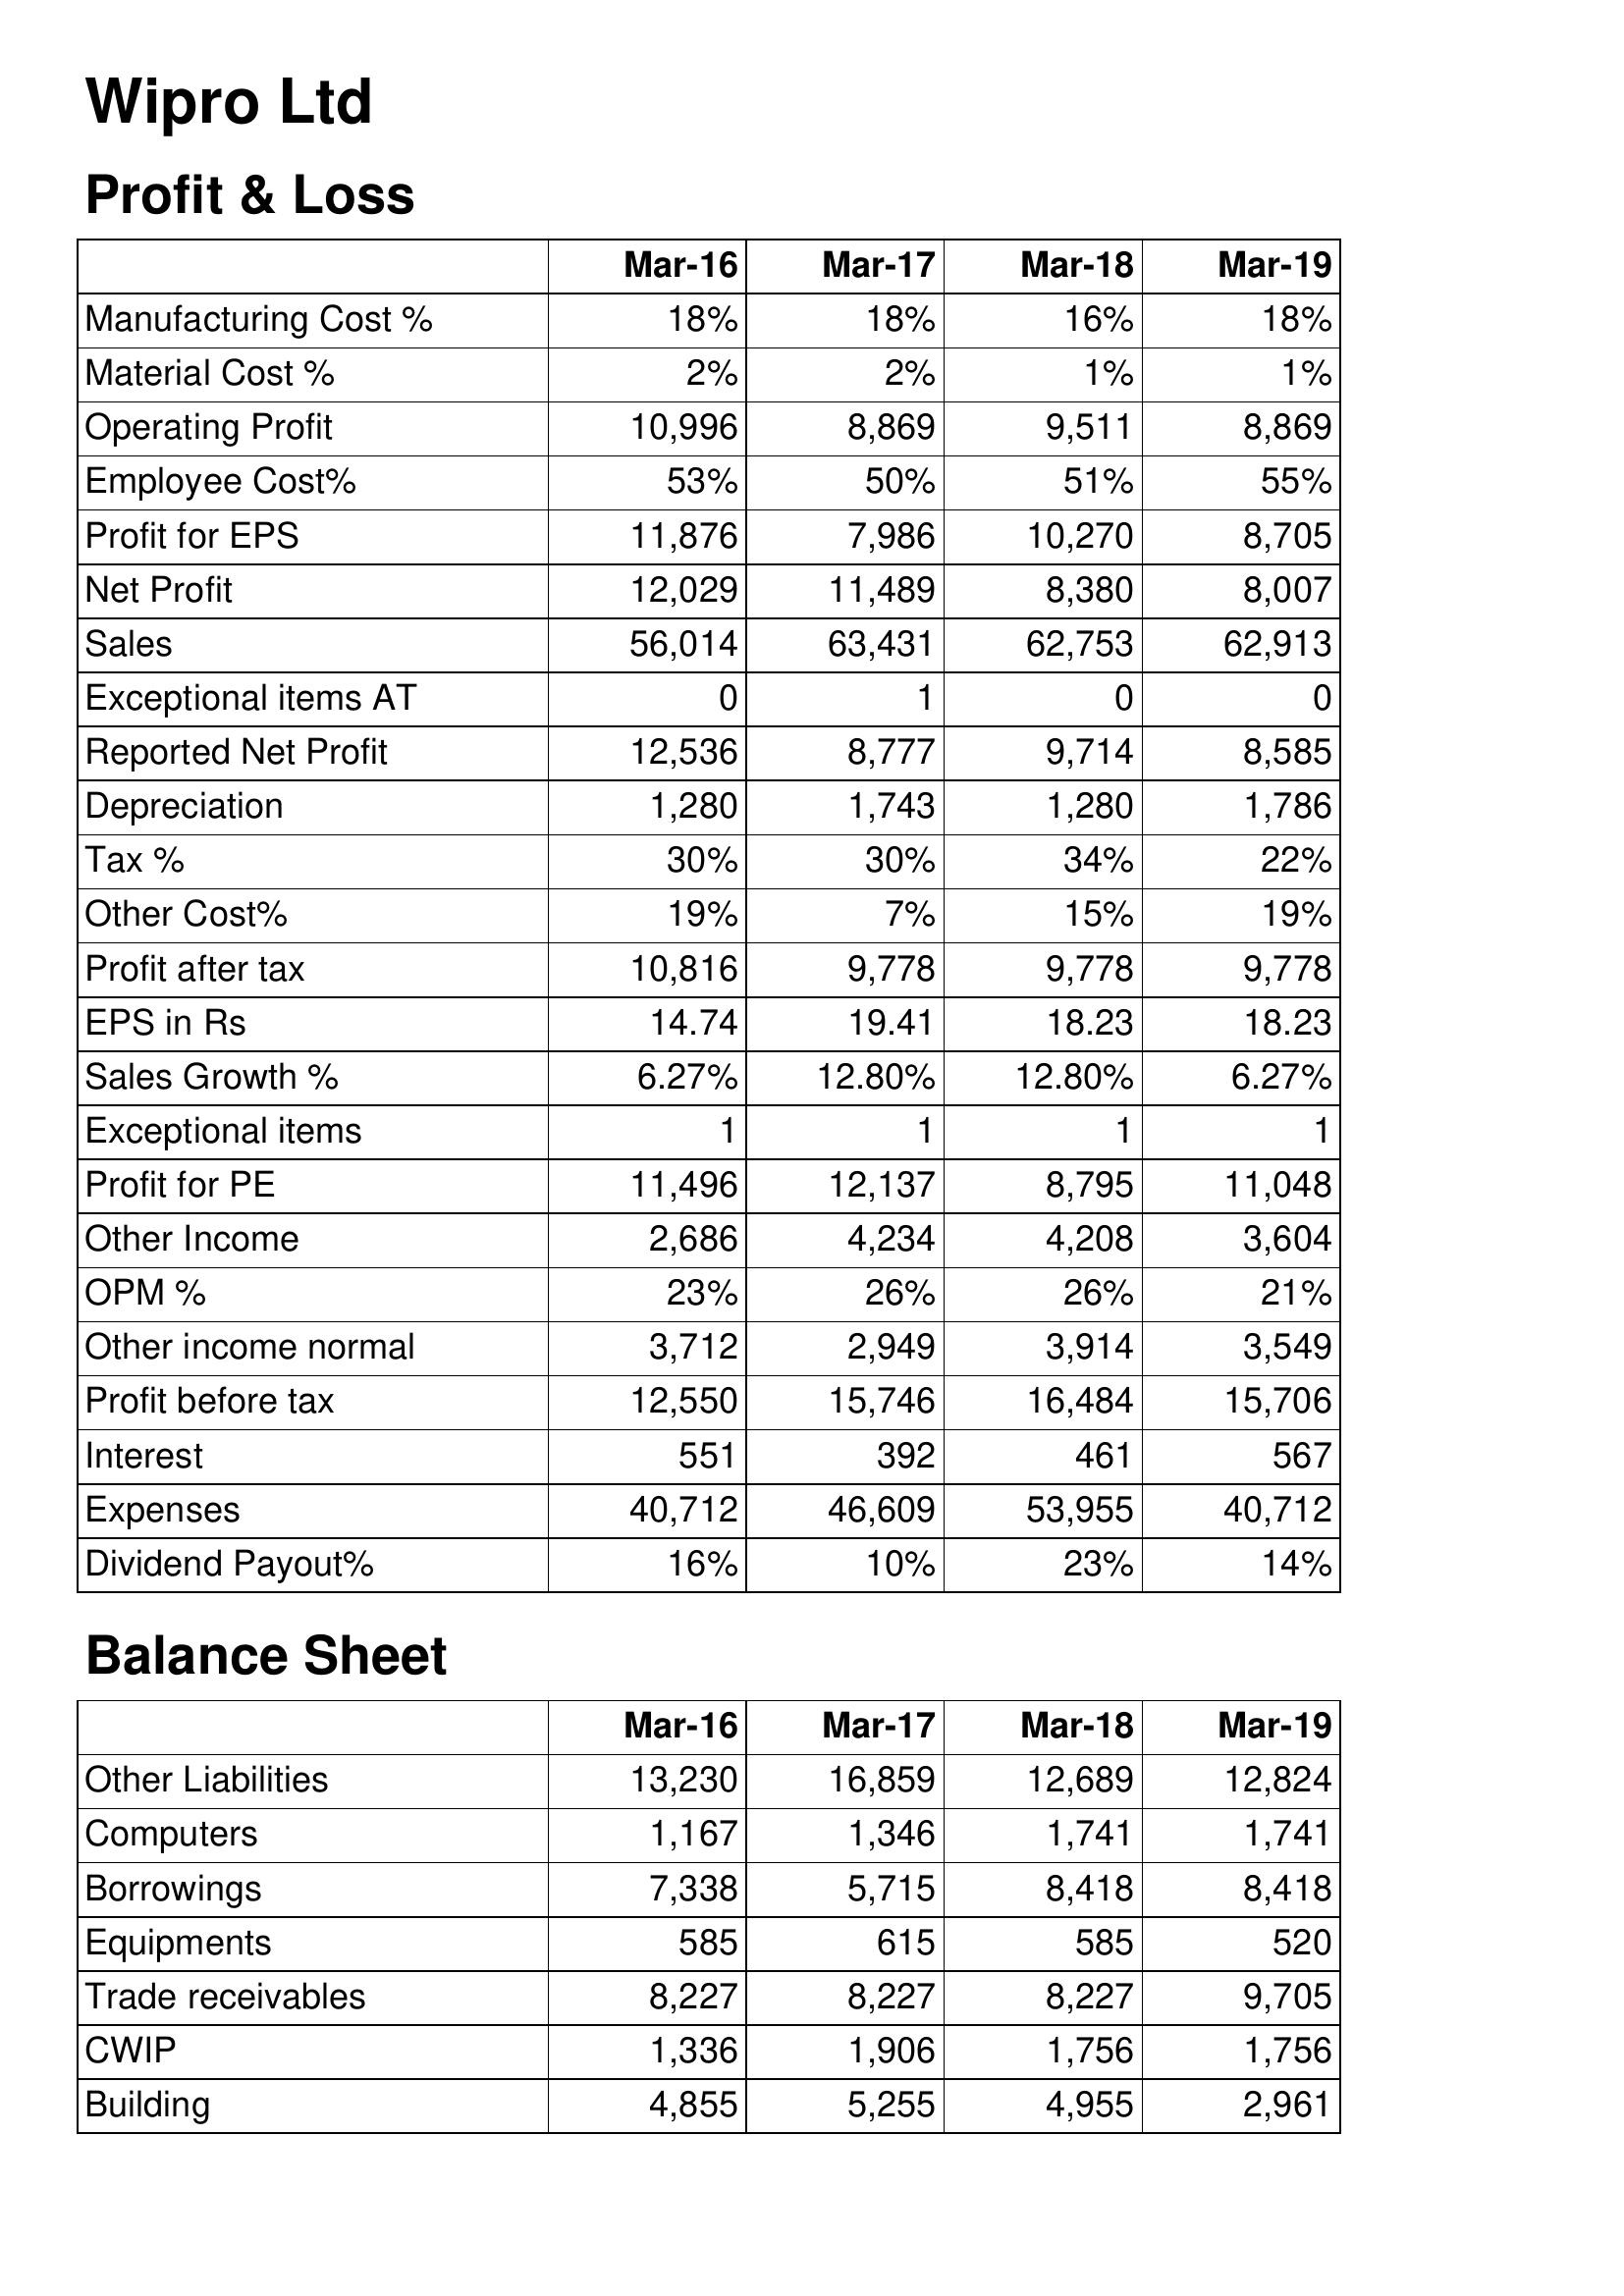
Mar-16: Profit & Loss: Manufacturing Cost %: 18%
Material Cost %: 2%
Operating Profit: 10,996
Employee Cost%: 53%
Profit for EPS: 11,876
Net Profit: 12,029
Sales: 56,014
Exceptional items AT: 0
Reported Net Profit: 12,536
Depreciation: 1,280
Tax %: 30%
Other Cost%: 19%
Profit after tax: 10,816
EPS in Rs: 14.74
Sales Growth %: 6.27%
Exceptional items: 1
Profit for PE: 11,496
Other Income: 2,686
OPM %: 23%
Other income normal: 3,712
Profit before tax: 12,550
Interest: 551
Expenses: 40,712
Dividend Payout%: 16%
Balance Sheet: Other Liabilities: 13,230
Computers: 1,167
Borrowings: 7,338
Equipments: 585
Trade receivables: 8,227
CWIP: 1,336
Building: 4,855
Mar-17: Profit & Loss: Manufacturing Cost %: 18%
Material Cost %: 2%
Operating Profit: 8,869
Employee Cost%: 50%
Profit for EPS: 7,986
Net Profit: 11,489
Sales: 63,431
Exceptional items AT: 1
Reported Net Profit: 8,777
Depreciation: 1,743
Tax %: 30%
Other Cost%: 7%
Profit after tax: 9,778
EPS in Rs: 19.41
Sales Growth %: 12.80%
Exceptional items: 1
Profit for PE: 12,137
Other Income: 4,234
OPM %: 26%
Other income normal: 2,949
Profit before tax: 15,746
Interest: 392
Expenses: 46,609
Dividend Payout%: 10%
Balance Sheet: Other Liabilities: 16,859
Computers: 1,346
Borrowings: 5,715
Equipments: 615
Trade receivables: 8,227
CWIP: 1,906
Building: 5,255
Mar-18: Profit & Loss: Manufacturing Cost %: 16%
Material Cost %: 1%
Operating Profit: 9,511
Employee Cost%: 51%
Profit for EPS: 10,270
Net Profit: 8,380
Sales: 62,753
Exceptional items AT: 0
Reported Net Profit: 9,714
Depreciation: 1,280
Tax %: 34%
Other Cost%: 15%
Profit after tax: 9,778
EPS in Rs: 18.23
Sales Growth %: 12.80%
Exceptional items: 1
Profit for PE: 8,795
Other Income: 4,208
OPM %: 26%
Other income normal: 3,914
Profit before tax: 16,484
Interest: 461
Expenses: 53,955
Dividend Payout%: 23%
Balance Sheet: Other Liabilities: 12,689
Computers: 1,741
Borrowings: 8,418
Equipments: 585
Trade receivables: 8,227
CWIP: 1,756
Building: 4,955
Mar-19: Profit & Loss: Manufacturing Cost %: 18%
Material Cost %: 1%
Operating Profit: 8,869
Employee Cost%: 55%
Profit for EPS: 8,705
Net Profit: 8,007
Sales: 62,913
Exceptional items AT: 0
Reported Net Profit: 8,585
Depreciation: 1,786
Tax %: 22%
Other Cost%: 19%
Profit after tax: 9,778
EPS in Rs: 18.23
Sales Growth %: 6.27%
Exceptional items: 1
Profit for PE: 11,048
Other Income: 3,604
OPM %: 21%
Other income normal: 3,549
Profit before tax: 15,706
Interest: 567
Expenses: 40,712
Dividend Payout%: 14%
Balance Sheet: Other Liabilities: 12,824
Computers: 1,741
Borrowings: 8,418
Equipments: 520
Trade receivables: 9,705
CWIP: 1,756
Building: 2,961